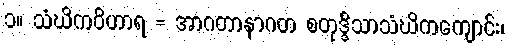
၁။ သံဃိကဝိဟာရ = အာဂတာနာဂတ စတုဒ္ဒိသာသံဃိကကျောင်း၊